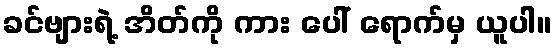
ခင်ဗျားရဲ့ အိတ်ကို ကား ပေါ် ရောက်မှ ယူပါ။